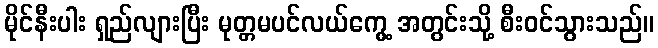
မိုင်နီးပါး ရှည်လျားပြီး မုတ္တမပင်လယ်ကွေ့ အတွင်းသို့ စီးဝင်သွားသည်။